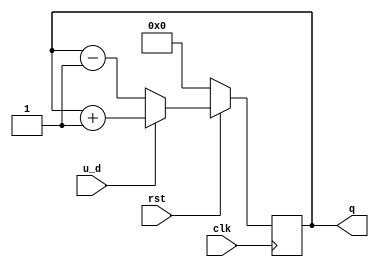
module counterupdown (
input clk,rst,u_d,
output reg [3:0]q);

always @(posedge clk)

begin
if(rst == 1'b0) q = 4'b0000;
else if(u_d == 1)  q = q+1;
else  q = q-1;
end
endmodule